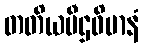
တတိယပီဌဝိမာနံ